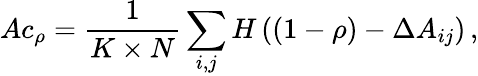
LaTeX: Ac_{\rho}=\frac{1}{K\times N}\sum_{i,j}H\left((1-\rho)-\Delta A_{ij}\right)\, ,